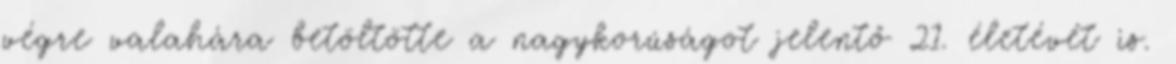
végre valahára betöltötte a nagykorúságot jelentő 21. életévét is.